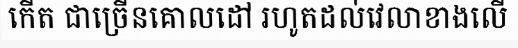
កើត ជាច្រើនគោលដៅ រហូតដល់វេលាខាងលើ